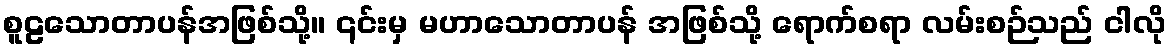
စူဠသောတာပန်အဖြစ်သို့။ ၎င်းမှ မဟာသောတာပန် အဖြစ်သို့ ရောက်စရာ လမ်းစဉ်သည် ငါလို